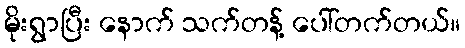
မိုးရွာပြီး နောက် သက်တန့် ပေါ်တက်တယ်။